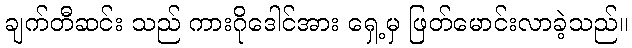
ချက်တီဆင်း သည် ကားဂိုဒေါင်အား ရှေ့မှ ဖြတ်မောင်းလာခဲ့သည်။